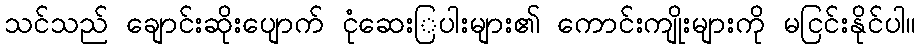
သင်သည် ချောင်းဆိုးပျောက် ငုံဆေးြပါးများ၏ ကောင်းကျိုးများကို မငြင်းနိုင်ပါ။